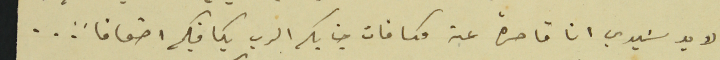
الابد سَيدي انا قاصرة عن مكافات جنابكم الرب يكافيكم اضعافاً...